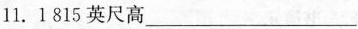
11.1815英尺高___